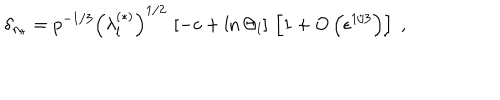
\delta _ { n _ { r } } = p ^ { - 1 / 3 } \left( \lambda _ { l } ^ { ( \ast ) } \right) ^ { 1 / 2 } \, \left[ - c + \ln \Theta _ { l } \right] \, \left[ 1 + O \left( \epsilon ^ { 1 / 3 } \right) \right] \; ,